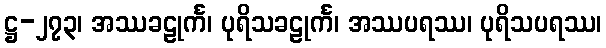
ဋ္ဌ-၂၇၃၊ အဿခဠုင်္က၊ ပုရိသခဠုင်္က၊ အဿပရဿ၊ ပုရိသပရဿ၊